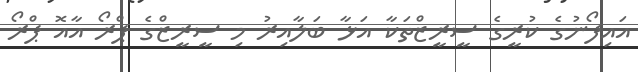
އައިފޯނުގެ ކުރީގެ ސީރީޒްތަކާ އަޅާ ބަލާއިރު މި ސީރީޒްގެ ޕްރޯ އާއޮ ޕްރޯ